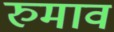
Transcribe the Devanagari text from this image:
रुमाव